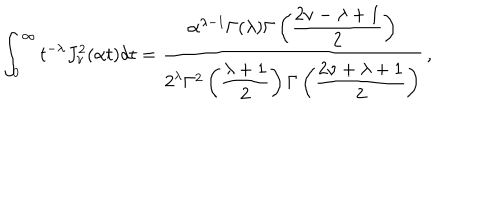
LaTeX: \int _ { 0 } ^ { \infty } t ^ { - \lambda } J _ { \nu } ^ { 2 } ( \alpha t ) d t = \frac { \alpha ^ { \lambda - 1 } \Gamma ( \lambda ) \Gamma \left( \displaystyle { \frac { 2 \nu - \lambda + 1 } { 2 } } \right) } { 2 ^ { \lambda } \Gamma ^ { 2 } \left( \displaystyle { \frac { \lambda + 1 } { 2 } } \right) \Gamma \left( \displaystyle { \frac { 2 \nu + \lambda + 1 } { 2 } } \right) } \, ,